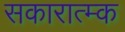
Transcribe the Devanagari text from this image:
सकारात्म्क